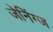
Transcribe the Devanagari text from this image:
जेनिंग्ज